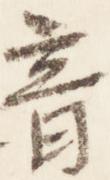
音